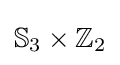
\mathbb {S} _{3}\times \mathbb {Z} _{2}